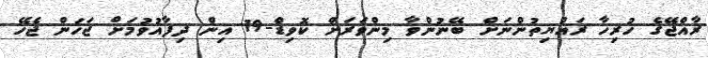
ރާއްޖޭގެ ހުރިހާ ރައްޔިތުންނަށް ބޭނުންވާ މިންވަރަށް ކޮވިޑް-19 އިން ދިފާއުވުމަށް ޖަހަން ޖެހޭ